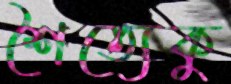
শৈত্যেকু